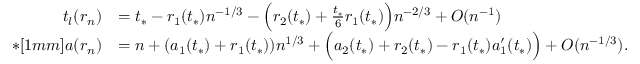
\begin{array} { r l } { t _ { l } ( r _ { n } ) } & { = t _ { * } - r _ { 1 } ( t _ { * } ) n ^ { - 1 / 3 } - \Big ( r _ { 2 } ( t _ { * } ) + \frac { t _ { * } } { 6 } r _ { 1 } ( t _ { * } ) \Big ) n ^ { - 2 / 3 } + O ( n ^ { - 1 } ) } \\ { * [ 1 m m ] a ( r _ { n } ) } & { = n + ( a _ { 1 } ( t _ { * } ) + r _ { 1 } ( t _ { * } ) ) n ^ { 1 / 3 } + \Big ( a _ { 2 } ( t _ { * } ) + r _ { 2 } ( t _ { * } ) - r _ { 1 } ( t _ { * } ) a _ { 1 } ^ { \prime } ( t _ { * } ) \Big ) + O ( n ^ { - 1 / 3 } ) . } \end{array}